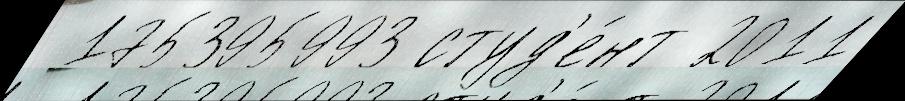
 175395993 студ'е́нт 2011